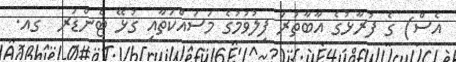
އެސް) ގެ ފުރާޅުގެ އާބާތުރަ ފިލުވުމުގެ މަސައްކަތާއި ގުޅޭ ޓެންޑަރ  ގއ.